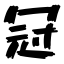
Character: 冠